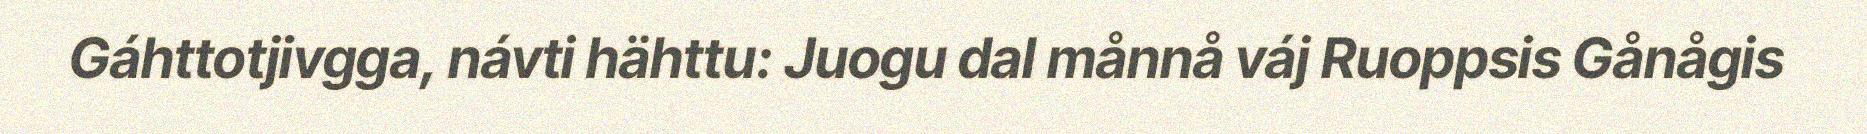
Gáhttotjivgga, návti hähttu: Juogu dal månnå váj Ruoppsis Gånågis